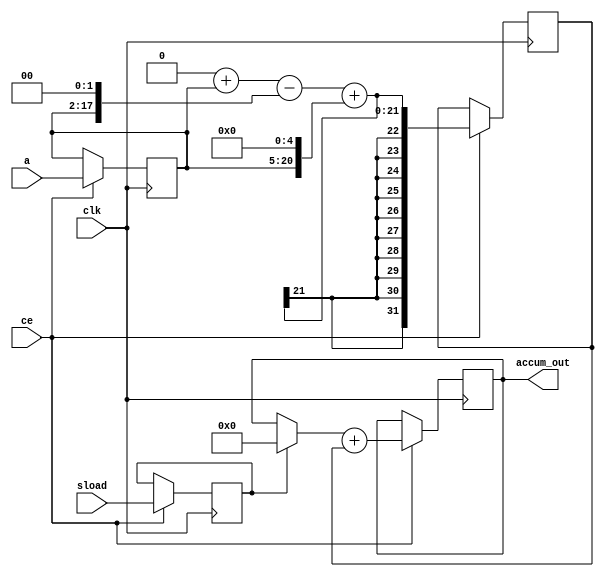
module macc_tcb_shift
# (
                parameter SIZEIN = 16,   // width of the inputs
                          SIZEOUT = 40   // width of output
               )
    (
        input clk,
        input ce,
        input sload,
        input signed [SIZEIN-1:0]   a,
        output signed [SIZEOUT-1:0] accum_out
    );



// Declare registers for intermediate values
reg signed [SIZEIN-1:0]   a_reg;
reg                       sload_reg;
reg signed [2*SIZEIN-1:0] mult_reg;
reg signed [SIZEOUT-1:0]  adder_out, old_result;

always @(sload_reg or adder_out)
begin
 if (sload_reg)
    old_result <= 0;
 else
  // 'sload' is now and opens the accumulation loop.
  // The accumulator takes the next multiplier output
  // in the same cycle.
    old_result <= adder_out;
end

always @(posedge clk)
 if (ce)
  begin
    a_reg     <= a;
    mult_reg  <= (0+(a_reg<<0)-(a_reg<<2)+(a_reg<<5));
    sload_reg <= sload;
    // Store accumulation result into a register
    adder_out <= old_result + mult_reg;
 end

// Output accumulation result
assign accum_out = adder_out;

endmodule // macc